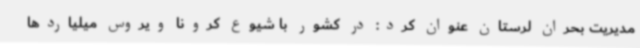
مدیریت بحران لرستان عنوان کرد: در کشور با شیوع کرونا ویروس میلیاردها